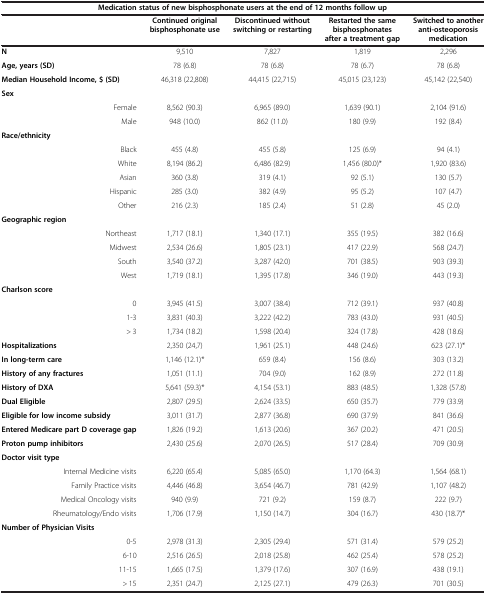
<table><thead><tr><td colspan="5"><b>Medication status of new bisphosphonate users at the end of 12 months follow up</b></td></tr><tr><td><b> </b></td><td><b>Continued original bisphosphonate use</b></td><td><b>Discontinued without switching or restarting</b></td><td><b>Restarted the same bisphosphonates after a treatment gap</b></td><td><b>Switched to another anti-osteoporosis medication</b></td></tr></thead><tbody><tr><td><b>N</b></td><td>9,510</td><td>7,827</td><td>1,819</td><td>2,296</td></tr><tr><td><b>Age, years (SD)</b></td><td>78 (6.8)</td><td>78 (6.8)</td><td>78 (6.7)</td><td>78 (6.8)</td></tr><tr><td><b>Median Household Income, $ (SD)</b></td><td>46,318 (22,808)</td><td>44,415 (22,715)</td><td>45,015 (23,123)</td><td>45,142 (22,540)</td></tr><tr><td><b>Sex</b></td><td> </td><td> </td><td> </td><td> </td></tr><tr><td>Female</td><td>8,562 (90.3)</td><td>6,965 (89.0)</td><td>1,639 (90.1)</td><td>2,104 (91.6)</td></tr><tr><td>Male</td><td>948 (10.0)</td><td>862 (11.0)</td><td>180 (9.9)</td><td>192 (8.4)</td></tr><tr><td><b>Race/ethnicity</b></td><td> </td><td> </td><td> </td><td> </td></tr><tr><td>Black</td><td>455 (4.8)</td><td>455 (5.8)</td><td>125 (6.9)</td><td>94 (4.1)</td></tr><tr><td>White</td><td>8,194 (86.2)</td><td>6,486 (82.9)</td><td>1,456 (80.0)*</td><td>1,920 (83.6)</td></tr><tr><td>Asian</td><td>360 (3.8)</td><td>319 (4.1)</td><td>92 (5.1)</td><td>130 (5.7)</td></tr><tr><td>Hispanic</td><td>285 (3.0)</td><td>382 (4.9)</td><td>95 (5.2)</td><td>107 (4.7)</td></tr><tr><td>Other</td><td>216 (2.3)</td><td>185 (2.4)</td><td>51 (2.8)</td><td>45 (2.0)</td></tr><tr><td><b>Geographic region</b></td><td> </td><td> </td><td> </td><td> </td></tr><tr><td>Northeast</td><td>1,717 (18.1)</td><td>1,340 (17.1)</td><td>355 (19.5)</td><td>382 (16.6)</td></tr><tr><td>Midwest</td><td>2,534 (26.6)</td><td>1,805 (23.1)</td><td>417 (22.9)</td><td>568 (24.7)</td></tr><tr><td>South</td><td>3,540 (37.2)</td><td>3,287 (42.0)</td><td>701 (38.5)</td><td>903 (39.3)</td></tr><tr><td>West</td><td>1,719 (18.1)</td><td>1,395 (17.8)</td><td>346 (19.0)</td><td>443 (19.3)</td></tr><tr><td><b>Charlson score</b></td><td> </td><td> </td><td> </td><td> </td></tr><tr><td>0</td><td>3,945 (41.5)</td><td>3,007 (38.4)</td><td>712 (39.1)</td><td>937 (40.8)</td></tr><tr><td>1-3</td><td>3,831 (40.3)</td><td>3,222 (42.2)</td><td>783 (43.0)</td><td>931 (40.5)</td></tr><tr><td>&gt; 3</td><td>1,734 (18.2)</td><td>1,598 (20.4)</td><td>324 (17.8)</td><td>428 (18.6)</td></tr><tr><td><b>Hospitalizations</b></td><td>2,350 (24,7)</td><td>1,961 (25.1)</td><td>448 (24.6)</td><td>623 (27.1)*</td></tr><tr><td><b>In long-term care</b></td><td>1,146 (12.1)*</td><td>659 (8.4)</td><td>156 (8.6)</td><td>303 (13.2)</td></tr><tr><td><b>History of any fractures</b></td><td>1,051 (11.1)</td><td>704 (9.0)</td><td>162 (8.9)</td><td>272 (11.8)</td></tr><tr><td><b>History of DXA</b></td><td>5,641 (59.3)*</td><td>4,154 (53.1)</td><td>883 (48.5)</td><td>1,328 (57.8)</td></tr><tr><td><b>Dual Eligible</b></td><td>2,807 (29.5)</td><td>2,624 (33.5)</td><td>650 (35.7)</td><td>779 (33.9)</td></tr><tr><td><b>Eligible for low income subsidy</b></td><td>3,011 (31.7)</td><td>2,877 (36.8)</td><td>690 (37.9)</td><td>841 (36.6)</td></tr><tr><td><b>Entered Medicare part D coverage gap</b></td><td>1,826 (19.2)</td><td>1,613 (20.6)</td><td>367 (20.2)</td><td>471 (20.5)</td></tr><tr><td><b>Proton pump inhibitors</b></td><td>2,430 (25.6)</td><td>2,070 (26.5)</td><td>517 (28.4)</td><td>709 (30.9)</td></tr><tr><td><b>Doctor visit type</b></td><td> </td><td> </td><td> </td><td> </td></tr><tr><td>Internal Medicine visits</td><td>6,220 (65.4)</td><td>5,085 (65.0)</td><td>1,170 (64.3)</td><td>1,564 (68.1)</td></tr><tr><td>Family Practice visits</td><td>4,446 (46.8)</td><td>3,654 (46.7)</td><td>781 (42.9)</td><td>1,107 (48.2)</td></tr><tr><td>Medical Oncology visits</td><td>940 (9.9)</td><td>721 (9.2)</td><td>159 (8.7)</td><td>222 (9.7)</td></tr><tr><td>Rheumatology/Endo visits</td><td>1,706 (17.9)</td><td>1,150 (14.7)</td><td>304 (16.7)</td><td>430 (18.7)*</td></tr><tr><td><b>Number of Physician Visits</b></td><td> </td><td> </td><td> </td><td> </td></tr><tr><td>0-5</td><td>2,978 (31.3)</td><td>2,305 (29.4)</td><td>571 (31.4)</td><td>579 (25.2)</td></tr><tr><td>6-10</td><td>2,516 (26.5)</td><td>2,018 (25.8)</td><td>462 (25.4)</td><td>578 (25.2)</td></tr><tr><td>11-15</td><td>1,665 (17.5)</td><td>1,379 (17.6)</td><td>307 (16.9)</td><td>438 (19.1)</td></tr><tr><td>&gt; 15</td><td>2,351 (24.7)</td><td>2,125 (27.1)</td><td>479 (26.3)</td><td>701 (30.5)</td></tr></tbody></table>